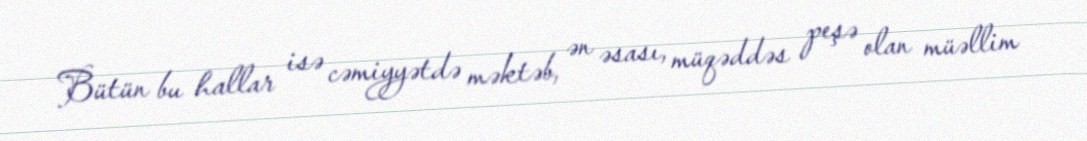
Bütün bu hallar isə cəmiyyətdə məktəb, ən əsası, müqəddəs peşə olan müəllim